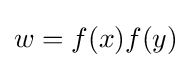
w=f(x)f(y)